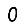
Digit: 0